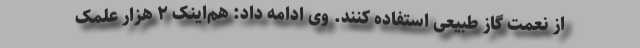
از نعمت گاز طبیعی استفاده کنند. وی ادامه داد: هم‌اینک ۲ هزار علمک